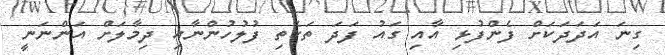
ގިނަ އަދަދަކަށް ފެންފުޅި އާއި ގައު ފަދަ ތަކެތި ފުލުހުންނާއި ދިމާލަށް އަންނަނީ